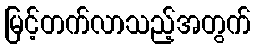
မြင့်တက်လာသည့်အတွက်